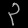
Digit: ၃